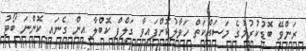
ރަންވޭ ބޮޑުކުރުމުގެ މަސައްކަތް ހަވާލުކޮށްފައިވާ ގަލްފް ކޮބްލާ އިން ގެނައި ކޮންނަ ބޯޓު